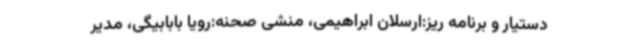
دستیار و برنامه ریز:ارسلان ابراهیمی، منشی صحنه:رویا بابابیگی، مدیر